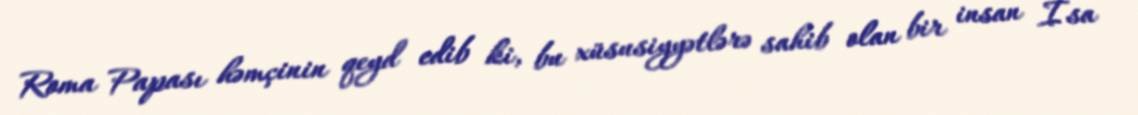
Roma Papası həmçinin qeyd edib ki, bu xüsusiyyətlərə sahib olan bir insan İsa